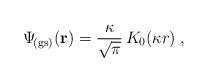
LaTeX: \begin{align*}\Psi_{\! {\rm (gs)}} ({\bf r})=\frac{\kappa}{ \sqrt{\pi} } \, K_{0} (\kappa r) \; ,\end{align*}